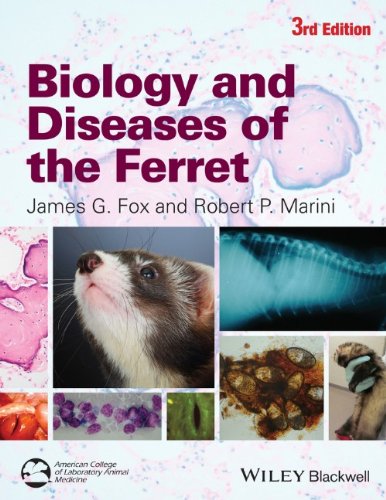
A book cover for Biology and Diseases of the Ferret; Medical Books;